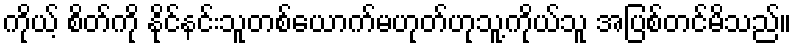
ကိုယ့် စိတ်ကို နိုင်နင်းသူတစ်ယောက်မဟုတ်ဟုသူ့ကိုယ်သူ အပြစ်တင်မိသည်။